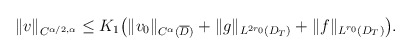
\begin{align*}&\|v\|_{C^{\alpha/2,\alpha}}\leq K_1\big(\|v_0\|_{C^\alpha(\overline{D})}+\|g\|_{L^{2r_0}(D_T)}+\|f\|_{L^{r_0}(D_T)}\big).\end{align*}